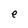
Character: e